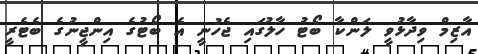
އާޒިމް ވިދާޅުވީ ލަންކާ ބޯޓު ހާލުގައި ޖެހުނީ އެ ބޯޓުގެ އިންޖީނުގެ ބެޓެރީ